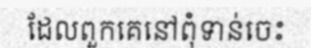
ដែលពួកគេនៅពុំទាន់ចេះ